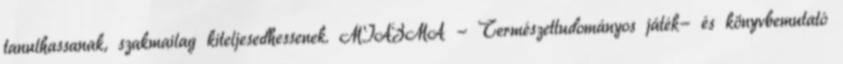
tanulhassanak, szakmailag kiteljesedhessenek. MIAZMA - Természettudományos játék- és könyvbemutató